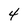
Character: 4